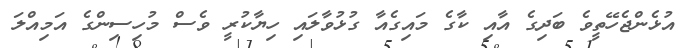
އުޅެންޖެހޭތީވެ ބަދިގެ އާއި ކާގެ މައިގެއާ ގުޅުވާލައި ހިޔާކުރީ ވެސް މުހިސިންގެ އަމިއްލަ